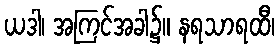
ယဒါ၊ အကြင်အခါ၌။ နရသာရထီ၊